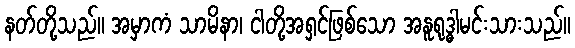
နတ်တို့သည်။ အမှာကံ သာမိနာ၊ ငါတို့အရှင်ဖြစ်သော အနူရုဒ္ဓါမင်းသားသည်။